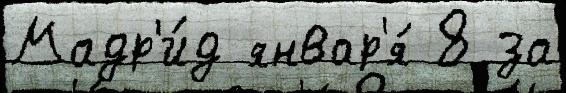
Мадр'и́д январ'я́ 8 за